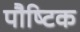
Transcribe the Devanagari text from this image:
पौष्‍िटक